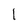
Character: 1